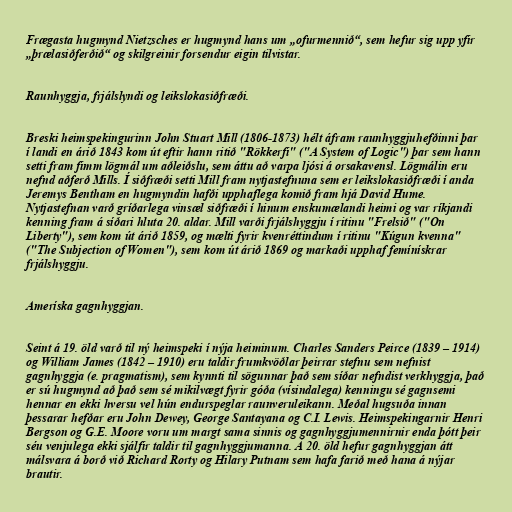
Frægasta hugmynd Nietzsches er hugmynd hans um „ofurmennið“, sem hefur sig upp yfir
„þrælasiðferðið“ og skilgreinir forsendur eigin tilvistar.

Raunhyggja, frjálslyndi og leikslokasiðfræði.

Breski heimspekingurinn John Stuart Mill (1806-1873) hélt áfram raunhyggjuhefðinni þar
í landi en árið 1843 kom út eftir hann ritið "Rökkerfi" ("A System of Logic") þar sem hann
setti fram fimm lögmál um aðleiðslu, sem áttu að varpa ljósi á orsakavensl. Lögmálin eru
nefnd aðferð Mills. Í siðfræði setti Mill fram nytjastefnuna sem er leikslokasiðfræði í anda
Jeremys Bentham en hugmyndin hafði upphaflega komið fram hjá David Hume.
Nytjastefnan varð gríðarlega vinsæl siðfræði í hinum enskumælandi heimi og var ríkjandi
kenning fram á síðari hluta 20. aldar. Mill varði frjálshyggju í ritinu "Frelsið" ("On
Liberty"), sem kom út árið 1859, og mælti fyrir kvenréttindum í ritinu "Kúgun kvenna"
("The Subjection of Women"), sem kom út árið 1869 og markaði upphaf femínískrar
frjálshyggju.

Ameríska gagnhyggjan.

Seint á 19. öld varð til ný heimspeki í nýja heiminum. Charles Sanders Peirce (1839 – 1914)
og William James (1842 – 1910) eru taldir frumkvöðlar þeirrar stefnu sem nefnist
gagnhyggja (e. pragmatism), sem kynnti til sögunnar það sem síðar nefndist verkhyggja, það
er sú hugmynd að það sem sé mikilvægt fyrir góða (vísindalega) kenningu sé gagnsemi
hennar en ekki hversu vel hún endurspeglar raunveruleikann. Meðal hugsuða innan
þessarar hefðar eru John Dewey, George Santayana og C.I. Lewis. Heimspekingarnir Henri
Bergson og G.E. Moore voru um margt sama sinnis og gagnhyggjumennirnir enda þótt þeir
séu venjulega ekki sjálfir taldir til gagnhyggjumanna. Á 20. öld hefur gagnhyggjan átt
málsvara á borð við Richard Rorty og Hilary Putnam sem hafa farið með hana á nýjar
brautir.